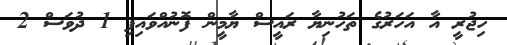
ހިޖުރީ އާ އަހަރުގެ ތަހުނިޔާ ރައީސް ޔާމީން ފޮނުއްވައިފި 1 ދުވަސް 2